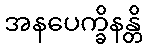
အနပေက္ခိနန္တိ